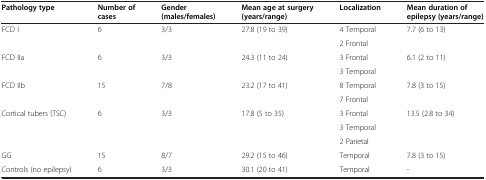
<table><thead><tr><td><b>Pathology type</b></td><td><b>Number of cases</b></td><td><b>Gender (males/females)</b></td><td><b>Mean age at surgery (years/range)</b></td><td><b>Localization</b></td><td><b>Mean duration of epilepsy (years/range)</b></td></tr></thead><tbody><tr><td rowspan="2">FCD I</td><td rowspan="2">6</td><td rowspan="2">3/3</td><td rowspan="2">27.8 (19 to 39)</td><td>4 Temporal</td><td rowspan="2">7.7 (6 to 13)</td></tr><tr><td>2 Frontal</td></tr><tr><td rowspan="2">FCD IIa</td><td rowspan="2">6</td><td rowspan="2">3/3</td><td rowspan="2">24.3 (11 to 24)</td><td>3 Frontal</td><td rowspan="2">6.1 (2 to 11)</td></tr><tr><td>3 Temporal</td></tr><tr><td rowspan="2">FCD IIb</td><td rowspan="2">15</td><td rowspan="2">7/8</td><td rowspan="2">23.2 (17 to 41)</td><td>8 Temporal</td><td rowspan="2">7.8 (3 to 15)</td></tr><tr><td>7 Frontal</td></tr><tr><td rowspan="3">Cortical tubers (TSC)</td><td rowspan="3">6</td><td rowspan="3">3/3</td><td rowspan="3">17.8 (5 to 35)</td><td>3 Frontal</td><td rowspan="3">13.5 (2.8 to 34)</td></tr><tr><td>3 Temporal</td></tr><tr><td>2 Parietal</td></tr><tr><td>GG</td><td>15</td><td>8/7</td><td>29.2 (15 to 46)</td><td>Temporal</td><td>7.8 (3 to 15)</td></tr><tr><td>Controls (no epilepsy)</td><td>6</td><td>3/3</td><td>30.1 (20 to 41)</td><td>Temporal</td><td>-</td></tr></tbody></table>